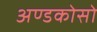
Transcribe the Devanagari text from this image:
अण्डकोसो